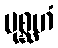
ပုစ္ဆဟံ